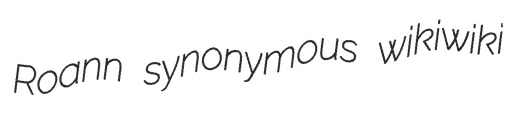
Roann synonymous wikiwiki